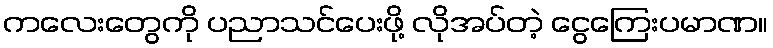
ကလေးတွေကို ပညာသင်ပေးဖို့ လိုအပ်တဲ့ ငွေကြေးပမာဏ။